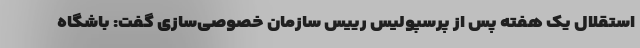
استقلال یک هفته پس از پرسپولیس رییس سازمان خصوصی‌سازی گفت: باشگاه